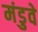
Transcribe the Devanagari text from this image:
मंडुवे